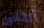
أتقاضى